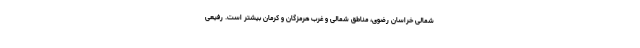
شمالی خراسان رضوی، مناطق شمالی و غرب هرمزگان و کرمان بیشتر است. رفیعی